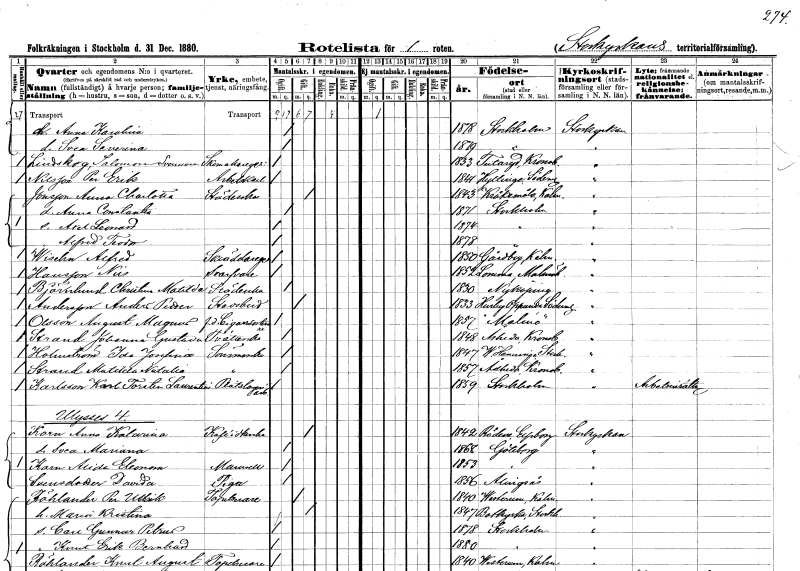
gt_parse: households: individuals: FN: Anna Karolina
KON: K
CIV: O
FODAR: 1878
FODFORS: Stockholm
FN: Svea Severina
KON: K
CIV: O
FODAR: 1879
FODFORS: Stockholm
FN: Salomon
EN: Lindskog Svensson
YRKE: Skomakaregesäll
KON: M
CIV: O
FODAR: 1833
FODFORS: Tutaryd Kronobergs län
FN: Per Erik
EN: Nilsson
YRKE: Arbetskarl
KON: M
CIV: O
FODAR: 1841
FODFORS: Hyltinge Södermanlands län
FN: Anna Charlotta
EN: Jonsson
YRKE: Städerska
KON: K
CIV: G
FODAR: 1843
FODFORS: Kråksmåla Kalmar län
FN: Anna Constantia
KON: K
CIV: O
FODAR: 1871
FODFORS: Stockholm
FN: Axel Leonard
KON: M
CIV: O
FODAR: 1874
FODFORS: Stockholm
FN: Alfred Teodor
KON: M
CIV: O
FODAR: 1878
FODFORS: Stockholm
FN: Alfred
EN: Wisehn
YRKE: Skräddaregesäll
KON: M
CIV: O
FODAR: 1850
FODFORS: Gårdby Kalmar län
FN: Nils
EN: Hansson
YRKE: Svarvare
KON: M
CIV: O
FODAR: 1852
FODFORS: Lomma Malmöhus län
FN: Christina Matilda
EN: Björklund
YRKE: Städerska
KON: K
CIV: O
FODAR: 1830
FODFORS: Nyköping Södermanlands län
FN: Anders Petter
EN: Andersson
YRKE: Stadsbud
KON: M
CIV: G
FODAR: 1833
FODFORS: Husby-Oppunda Södermanlands län
FN: August Magnus
EN: Olsson
YRKE: Cigarrarbetare f.d.
KON: M
CIV: O
FODAR: 1857
FODFORS: Malmö Malmöhus län
FN: Johanna Gustava
EN: Strand
YRKE: Tvätterska
KON: K
CIV: O
FODAR: 1848
FODFORS: Åseda Kronobergs län
FN: Ida Josefina
EN: Holmström
YRKE: Sömmerska
KON: K
CIV: O
FODAR: 1847
FODFORS: Västerhaninge Stockholms län
FN: Matilda Natalia
EN: Strand
YRKE: Sömmerska
KON: K
CIV: O
FODAR: 1857
FODFORS: Åseda Kronobergs län
FN: Karl Torsten Laurentius
EN: Karlsson
YRKE: Plåtslageriarbetare
KON: M
CIV: O
FODAR: 1859
FODFORS: Stockholm
FN: Anna Katarina
EN: Korn
YRKE: Kaféidkerska
KON: K
CIV: G
FODAR: 1842
FODFORS: Rådene Skaraborgs län
FN: Svea Mariana
KON: K
CIV: O
FODAR: 1868
FODFORS: Göteborg Göteborgs- och Bohuslän
FN: Alida Eleonora
EN: Korn
KON: K
CIV: O
FODAR: 1853
FODFORS: Göteborg Göteborgs- och Bohuslän
FN: Davida
EN: Svensdotter
YRKE: Piga
KON: K
CIV: O
FODAR: 1856
FODFORS: Alingsås Älvsborgs län
FN: Per Ullrik
EN: Röhlander
YRKE: Tapetserare
KON: M
CIV: G
FODAR: 1840
FODFORS: Västerrum Kalmar län
FN: Maria Kristina
KON: K
CIV: G
FODAR: 1847
FODFORS: Botkyrka Stockholms län
FN: Carl Gunnar Petrus
KON: M
CIV: O
FODAR: 1878
FODFORS: Stockholm